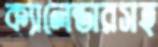
ক্যালেন্ডারসহ